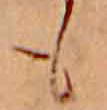
も